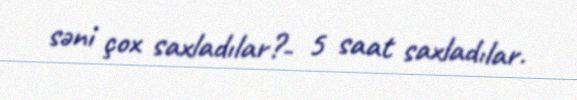
səni çox saxladılar?- 5 saat saxladılar.